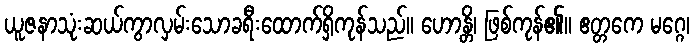
ယူဇနာသုံးဆယ်ကွာလှမ်းသောခရီးထောက်ရှိကုန်သည်။ ဟောန္တိ၊ ဖြစ်ကုန်၏။ ဧတ္တကေ မဂ္ဂေ၊